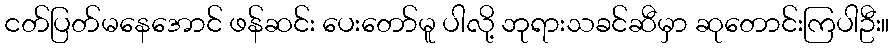
ငတ်ပြတ်မနေအောင် ဖန်ဆင်း ပေးတော်မူ ပါလို့ ဘုရားသခင်ဆီမှာ ဆုတောင်းကြပါဦး။